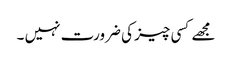
مجھے کسی چیز کی ضرورت نہیں ۔